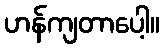
ဟန်ကျတာပေါ့။